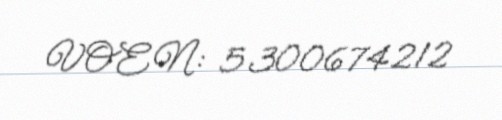
VOEN: 5300674212